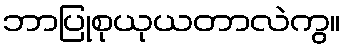
ဘာပြုစုယုယတာလဲကွ။